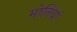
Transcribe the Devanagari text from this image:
मोतियां